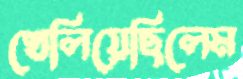
খেলিয়েছিলেম